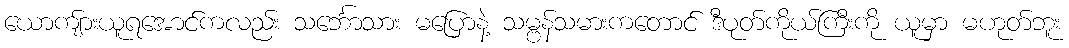
ယောကျ်ားယူရအောင်ကလည်း သင်္ဘောသား မပြောနဲ့ သမ္ဗန်သမားကတောင် ဒီပုတ်ကိုယ်ကြီးကို ယူမှာ မဟုတ်ဘူး